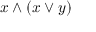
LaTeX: x \wedge ( x \vee y )